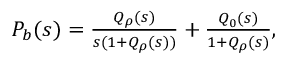
\begin{array} { r } { { P } _ { b } ( s ) = \frac { Q _ { \rho } ( s ) } { s ( 1 + Q _ { \rho } ( s ) ) } + \frac { Q _ { 0 } ( s ) } { 1 + Q _ { \rho } ( s ) } , } \end{array}